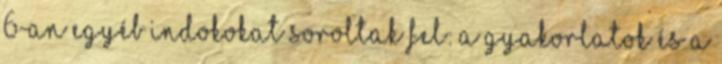
6-an egyéb indokokat soroltak fel: a gyakorlatok és a